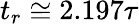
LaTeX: t_{r}\cong 2.197\tau